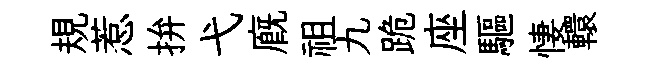
規惹拚弋廐祖九跪座驅悽轘